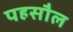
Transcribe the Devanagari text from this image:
पहसौल